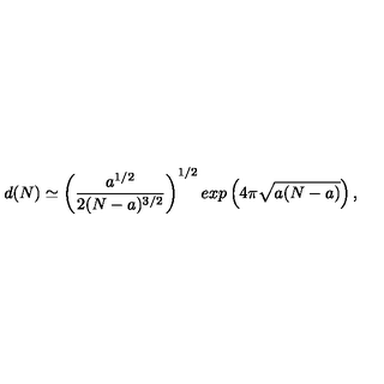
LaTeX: d ( N ) \simeq \left( \frac { a ^ { 1 / 2 } } { 2 ( N - a ) ^ { 3 / 2 } } \right) ^ { 1 / 2 } e x p \left( 4 \pi { \sqrt { a ( N - a ) } } \right) ,